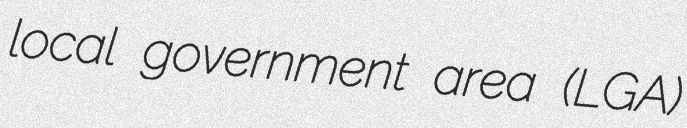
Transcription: local government area (LGA)